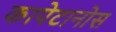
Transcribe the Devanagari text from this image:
कापेटानोस